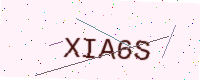
Text: XIA6S